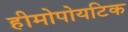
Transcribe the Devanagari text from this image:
हीमोपोयटिक